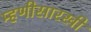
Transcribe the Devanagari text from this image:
म्हणीसारखी